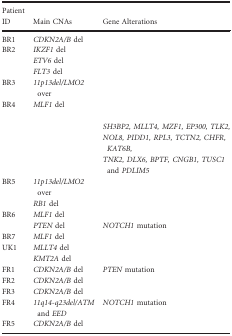
<table><thead><tr><td><b>Patient ID</b></td><td><b>Main CNAs</b></td><td><b>Gene Alterations</b></td></tr></thead><tbody><tr><td>BR1</td><td><i>CDKN2A/B</i> del</td><td>[EMPTY_CELL]</td></tr><tr><td rowspan="3">BR2</td><td><i>IKZF1</i> del</td><td rowspan="3">[EMPTY_CELL]</td></tr><tr><td><i>ETV6</i> del</td></tr><tr><td><i>FLT3</i> del</td></tr><tr><td>BR3</td><td><i>11p13del/LMO2</i> over</td><td>[EMPTY_CELL]</td></tr><tr><td rowspan="4">BR4</td><td rowspan="4"><i>MLF1</i> del</td><td>[EMPTY_CELL]</td></tr><tr><td><i>SH3BP2, MLLT4, MZF1, EP300, TLK2,</i></td></tr><tr><td><i>NOL8, PIDD1, RPL3, TCTN2, CHFR, KAT6B,</i></td></tr><tr><td><i>TNK2, DLX6, BPTF, CNGB1, TUSC1</i> and <i>PDLIM5</i></td></tr><tr><td rowspan="2">BR5</td><td><i>11p13del/LMO2</i> over</td><td>[EMPTY_CELL]</td></tr><tr><td><i>RB1</i> del</td><td>[EMPTY_CELL]</td></tr><tr><td rowspan="2">BR6</td><td><i>MLF1</i> del</td><td>[EMPTY_CELL]</td></tr><tr><td><i>PTEN</i> del</td><td><i>NOTCH1</i> mutation</td></tr><tr><td>BR7</td><td><i>MLF1</i> del</td><td>[EMPTY_CELL]</td></tr><tr><td rowspan="2">UK1</td><td><i>MLLT4</i> del</td><td rowspan="2">[EMPTY_CELL]</td></tr><tr><td><i>KMT2A</i> del</td></tr><tr><td>FR1</td><td><i>CDKN2A/B</i> del</td><td><i>PTEN</i> mutation</td></tr><tr><td>FR2</td><td><i>CDKN2A/B</i> del</td><td>[EMPTY_CELL]</td></tr><tr><td>FR3</td><td><i>CDKN2A/B</i> del</td><td>[EMPTY_CELL]</td></tr><tr><td>FR4</td><td><i>11q14‐q23del/ATM</i> and <i>EED</i></td><td><i>NOTCH1</i> mutation</td></tr><tr><td>FR5</td><td><i>CDKN2A/B</i> del</td><td>[EMPTY_CELL]</td></tr></tbody></table>